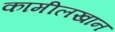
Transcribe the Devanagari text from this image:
कामीलखान